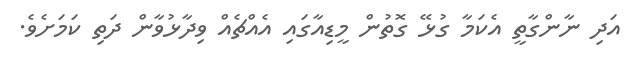
އަދި ނާންގާތީ އެކަމާ ގުޅޭ ގޮތުން މީޑިއާގައި އެއްޗެއް ވިދާޅުވާން ދަތި ކަމަށެވެ.